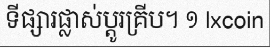
ទីផ្សារផ្លាស់ប្តូរគ្រីប។ ១ Ixcoin